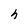
Character: h